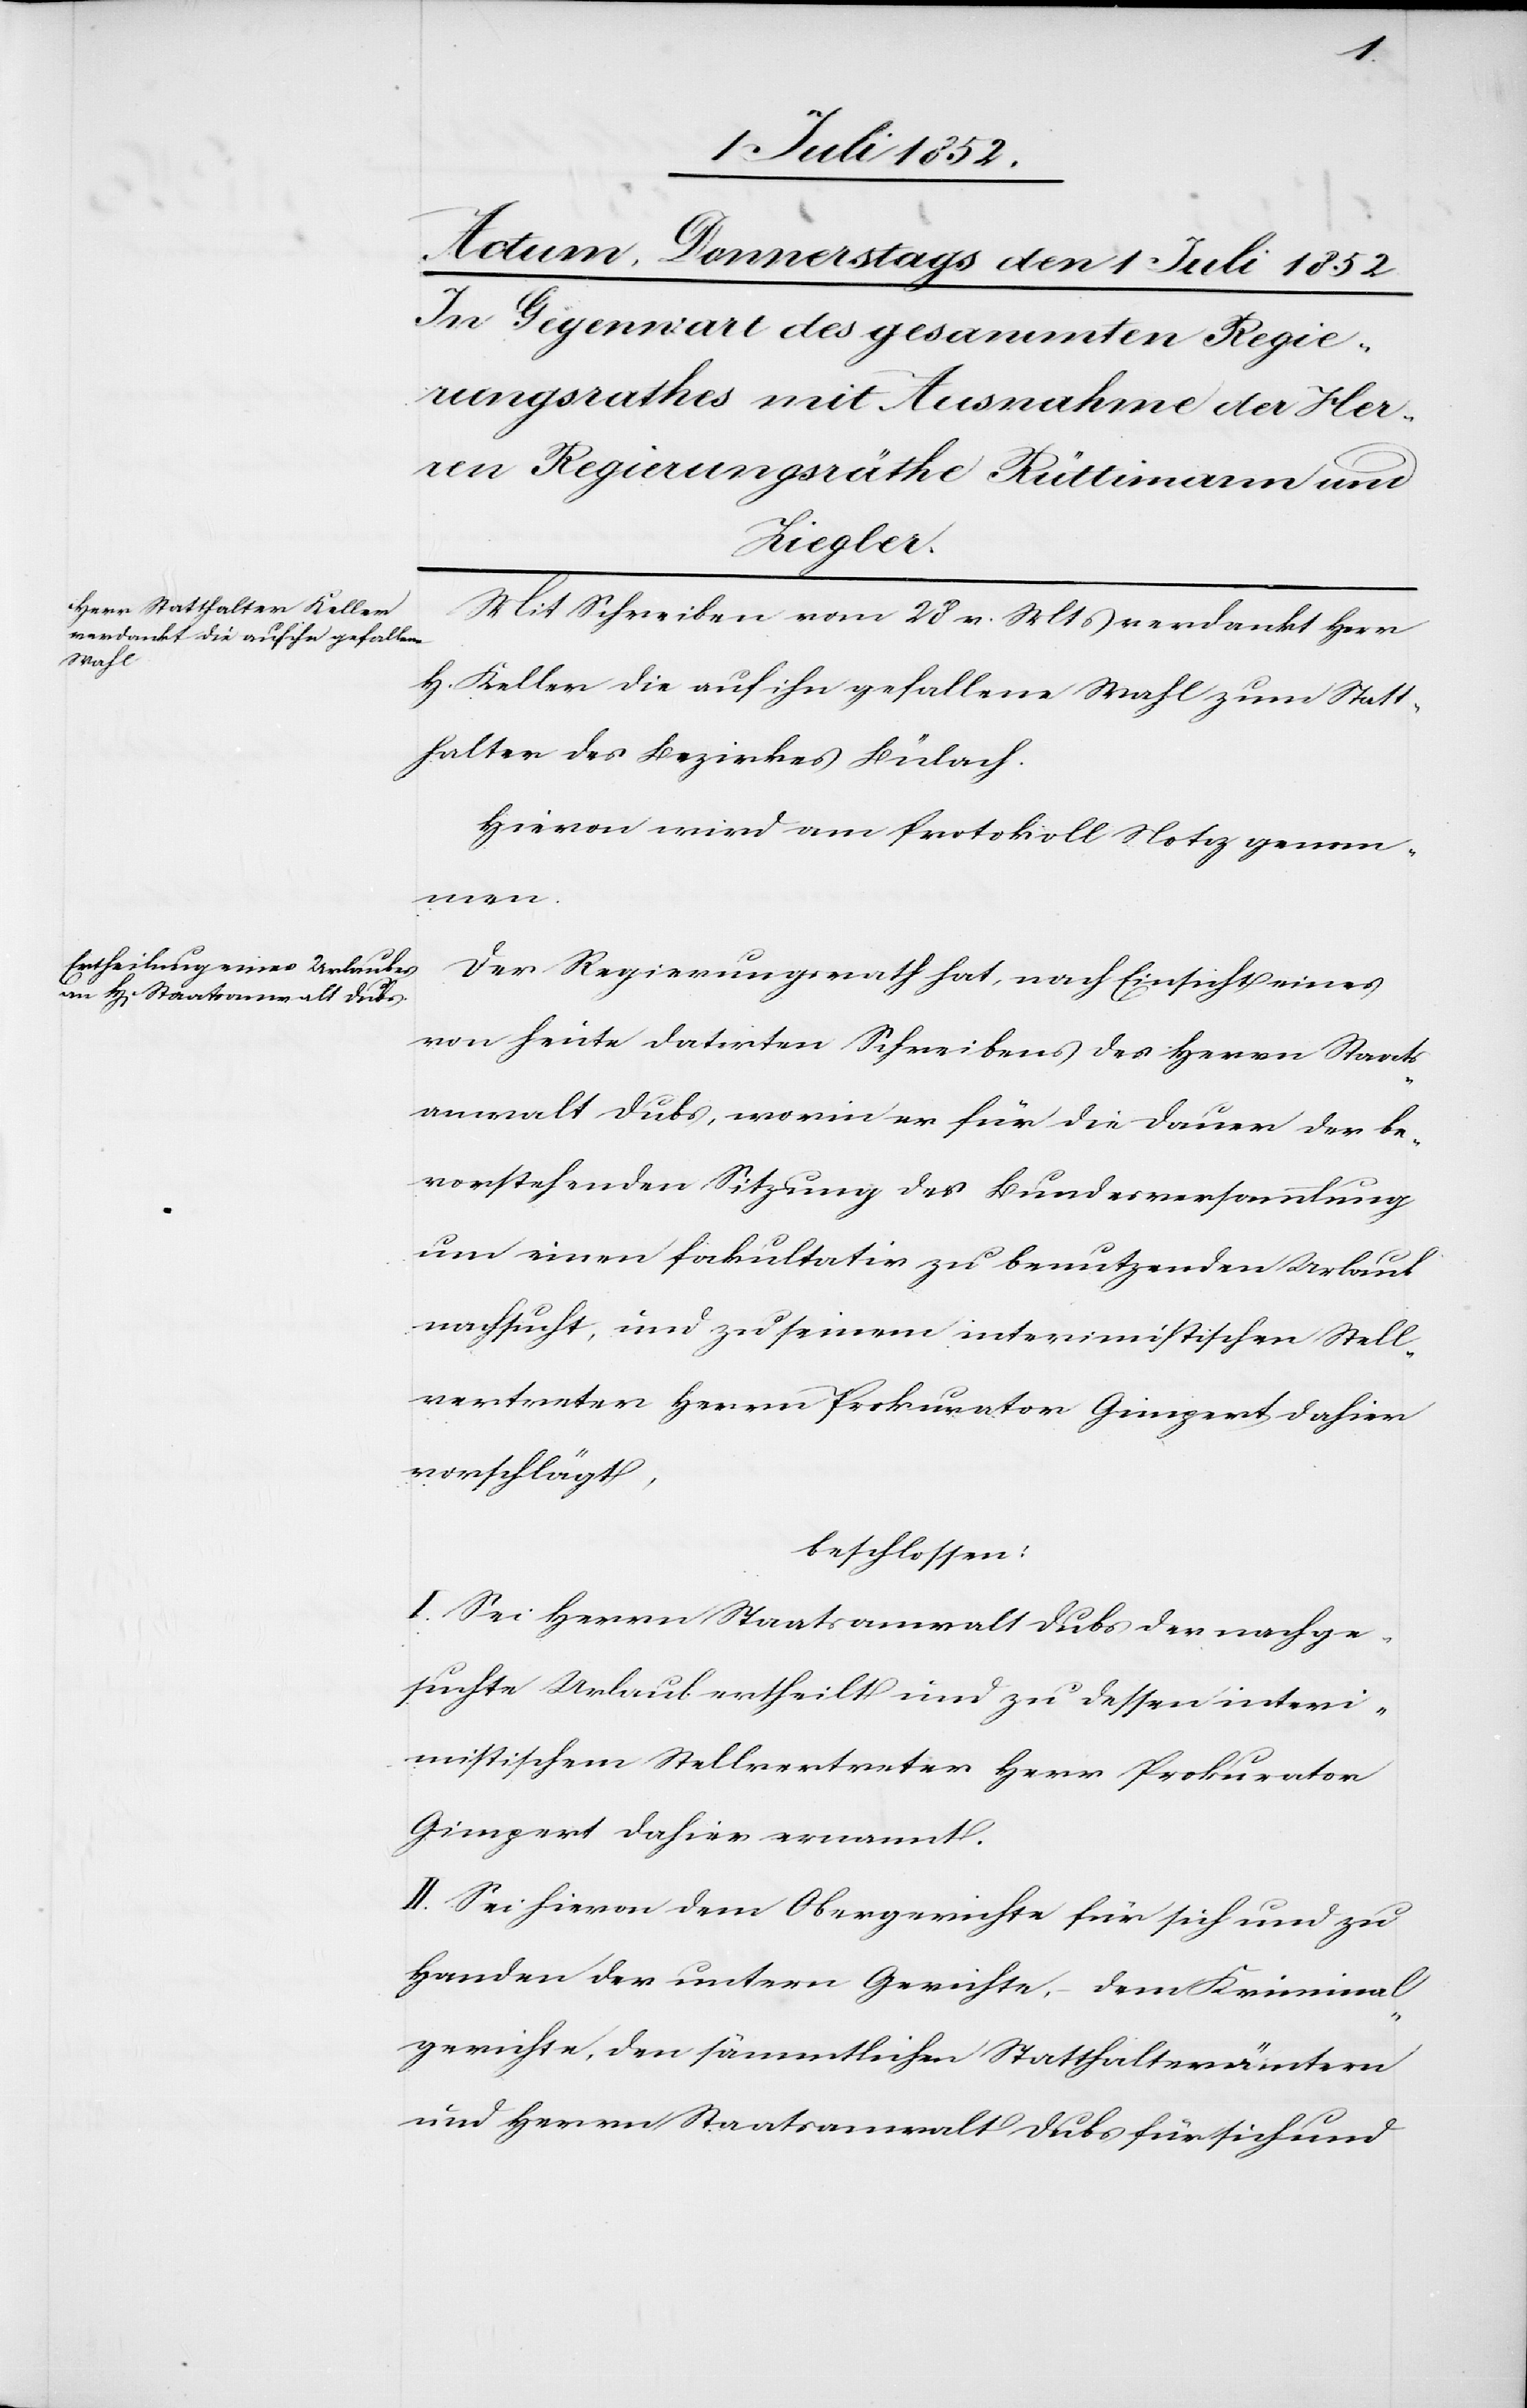
Mit Schreiben vom 28 v. Mts verdankt Herr
H. Keller die auf ihn gefallene Wahl zum Statt¬
halter des Bezirkes Bülach.
Hievon wird am Protokoll Notiz genom¬
men.
Der Regierungsrath hat, nach Einsicht eines
von heute datirten Schreibens des Herrn Staats¬
anwalt Dubs, worin er für die Dauer der be¬
vorstehenden Sitzung der Bundesversammlung
um einen fakultativ zu benutzenden Urlaub
nachsucht, und zu seinem interimistischen Stell¬
vertreter Herrn Prokurator Gimpert dahier
vorschlägt,
beschlossen:
I. Sei Herrn Staatsanwalt Dubs der nachge¬
suchte Urlaub ertheilt und zu dessen interi¬
mistischem Stellvertreter Herr Prokurator
Gimpert dahier ernannt.
II. Sei hievon dem Obergerichte für sich und zu
Handen der untern Gerichte, dem Kriminal¬
gerichte, den sämmtlichen Statthalterämtern
und Herrn Staatsanwalt Dubs für sich und